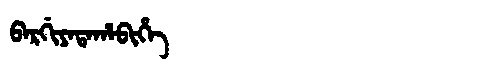
Manchu: ᠪᠠᡵᡤᡳᠶᠠᡨᠠᡥᠠᠪᡳᡥᡝ
Romanization: BARGIYATAHABIHE